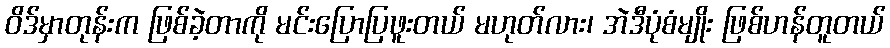
ဝိဒ်မှာတုန်းက ဖြစ်ခဲ့တာကို မင်းပြောပြဖူးတယ် မဟုတ်လား၊ အဲဒီပုံစံမျိုး ဖြစ်ဟန်တူတယ်